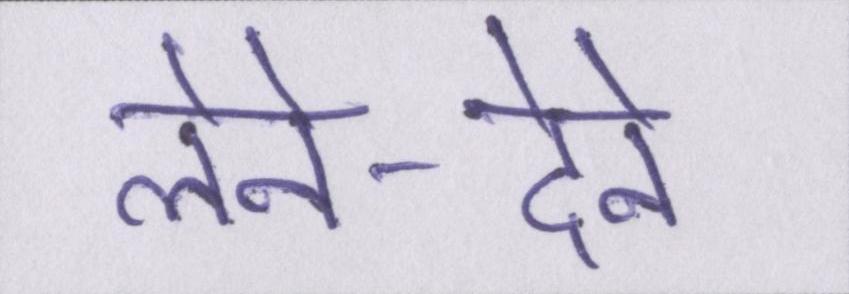
लेने-देने